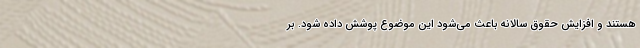
هستند و افزایش حقوق سالانه باعث می‌شود این موضوع پوشش داده شود. بر